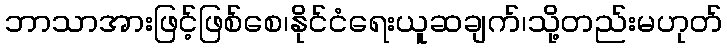
ဘာသာအားဖြင့်ဖြစ်စေ၊နိုင်ငံရေးယူဆချက်၊သို့တည်းမဟုတ်